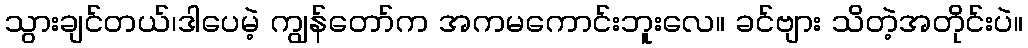
သွားချင်တယ်၊ဒါပေမဲ့ ကျွန်တော်က အကမကောင်းဘူးလေ။ ခင်ဗျား သိတဲ့အတိုင်းပဲ။